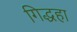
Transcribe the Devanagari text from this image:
गिद्धहा